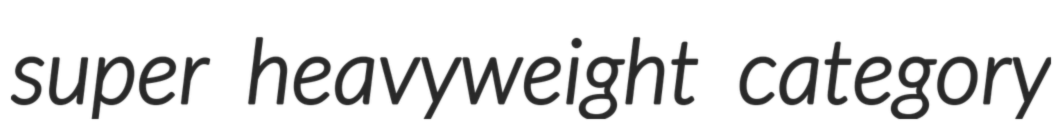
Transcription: super heavyweight category